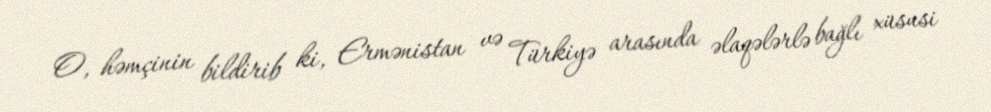
O, həmçinin bildirib ki, Ermənistan və Türkiyə arasında əlaqələrlə bağlı xüsusi